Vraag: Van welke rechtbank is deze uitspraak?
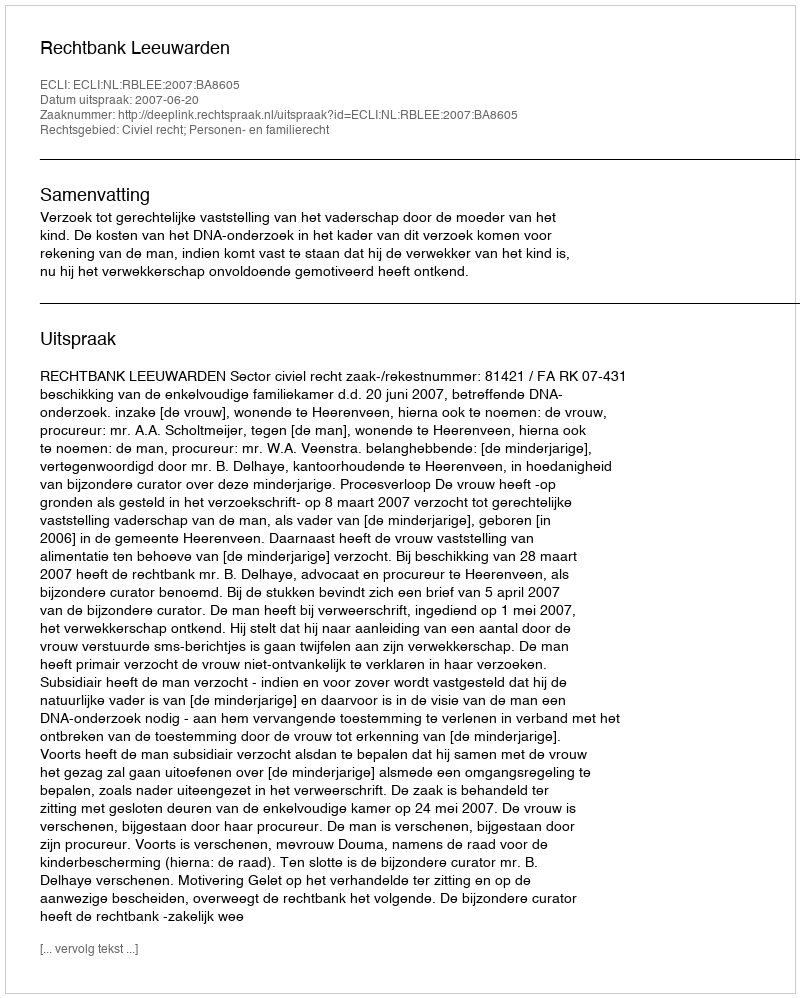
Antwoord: Rechtbank Leeuwarden